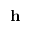
\mathbf { h }